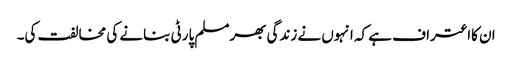
ان کااعتراف ہے کہ انہوں نے زندگی بھرمسلم پارٹی بنانے کی مخالفت کی۔